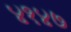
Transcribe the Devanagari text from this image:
४१४७